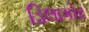
ડિલાકોર